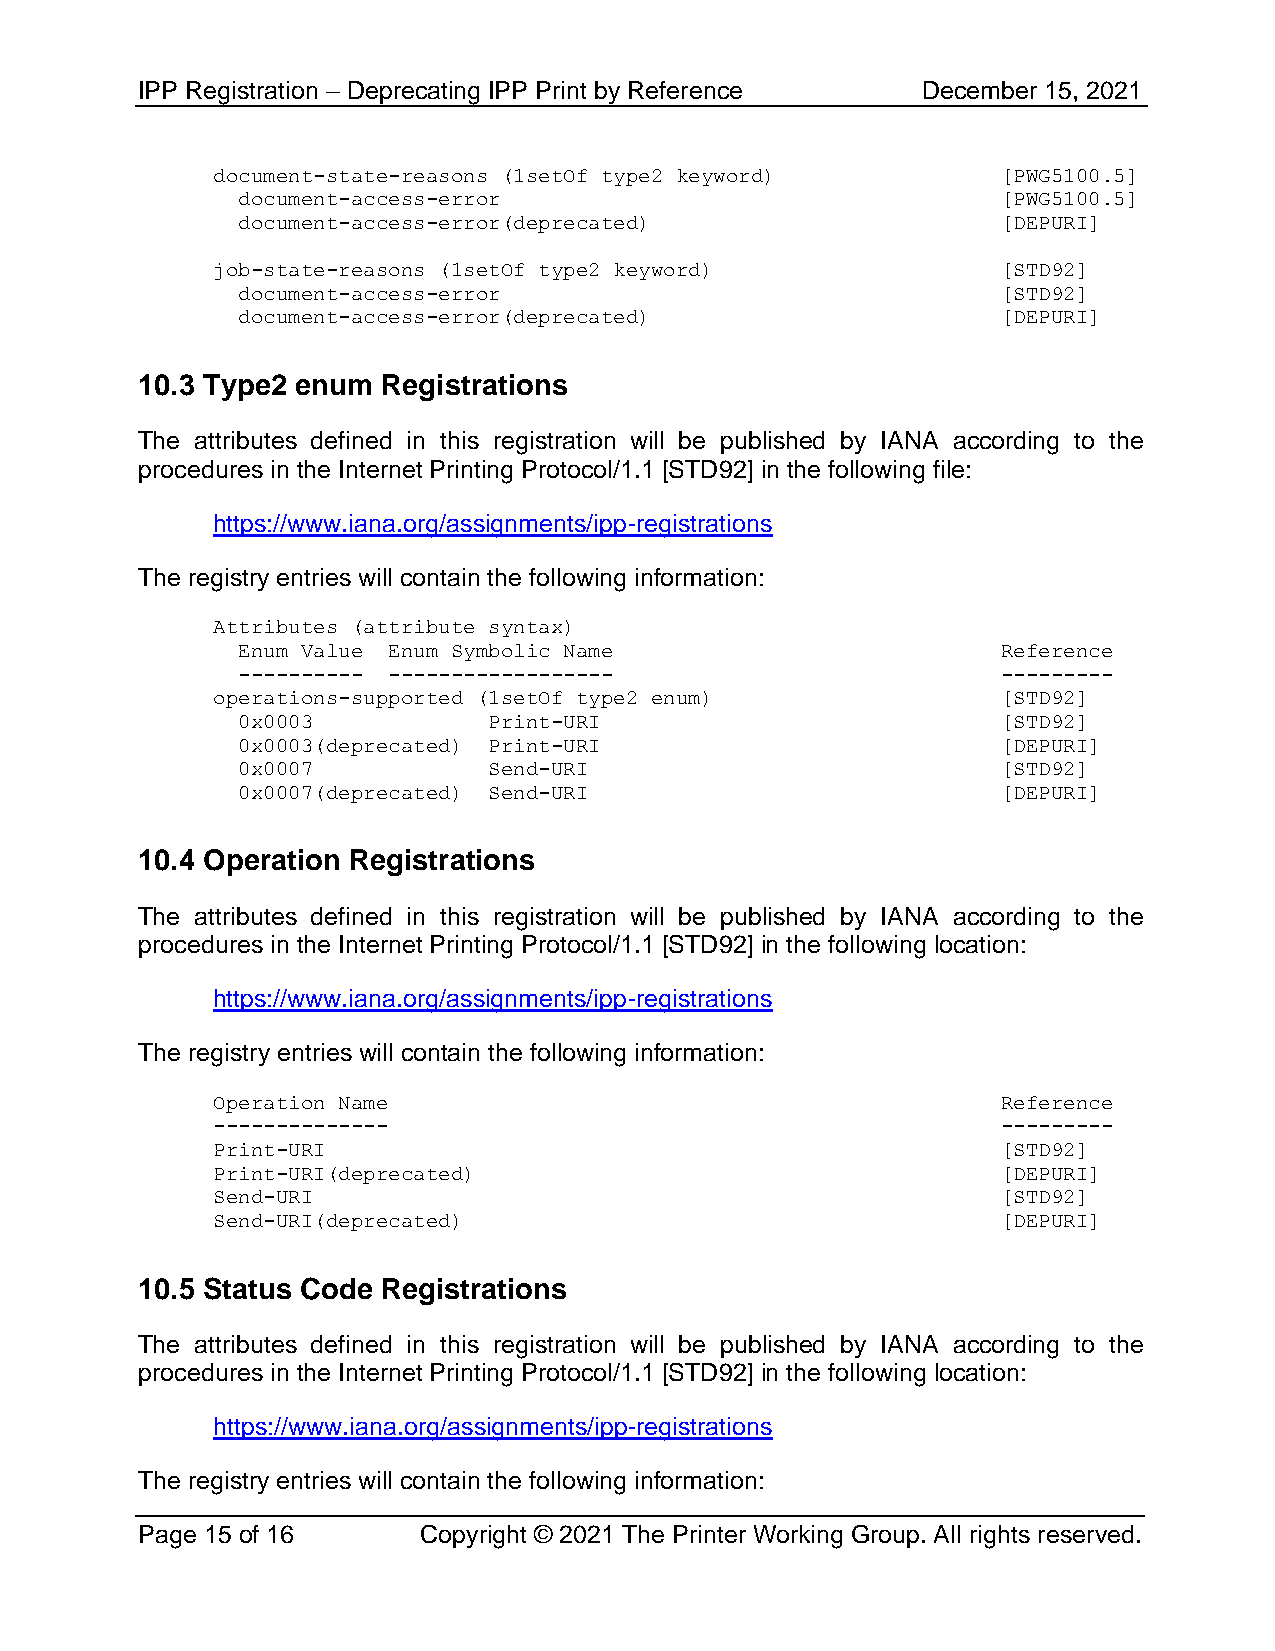
IPP Registration – Deprecating IPP Print by Reference December 15, 2021
 document-state-reasons (1setOf type2 keyword)       [PWG5100.5]
 document-access-error                             [PWG5100.5]
 document-access-error(deprecated)                 [DEPURI]
 job-state-reasons (1setOf type2 keyword)            [STD92]
 document-access-error                             [STD92]
 document-access-error(deprecated)                 [DEPURI]
 10.3 Type2 enum Registrations
 The attributes defined in this registration will be published by IANA according to the
 procedures in the Internet Printing Protocol/1.1 [STD92] in the following file:
 https://www.iana.org/assignments/ipp-registrations
 The registry entries will contain the following information:
 Attributes (attribute syntax)
 Enum Value Enum Symbolic Name                     Reference
 ---------- ------------------                     ---------
 operations-supported (1setOf type2 enum)            [STD92]
 0x0003          Print-URI                         [STD92]
 0x0003(deprecated) Print-URI                      [DEPURI]
 0x0007          Send-URI                          [STD92]
 0x0007(deprecated) Send-URI                       [DEPURI]
 10.4 Operation Registrations
 The attributes defined in this registration will be published by IANA according to the
 procedures in the Internet Printing Protocol/1.1 [STD92] in the following location:
 https://www.iana.org/assignments/ipp-registrations
 The registry entries will contain the following information:
 Operation Name                                      Reference
 --------------                                      ---------
 Print-URI                                           [STD92]
 Print-URI(deprecated)                               [DEPURI]
 Send-URI                                            [STD92]
 Send-URI(deprecated)                                [DEPURI]
 10.5 Status Code Registrations
 The attributes defined in this registration will be published by IANA according to the
 procedures in the Internet Printing Protocol/1.1 [STD92] in the following location:
 https://www.iana.org/assignments/ipp-registrations
 The registry entries will contain the following information:
 Page 15 of 16      Copyright © 2021 The Printer Working Group. All rights reserved.